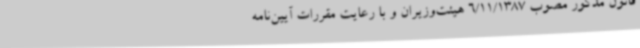
قانون مذکور مصوب 6/11/1387 هیئت‌وزیران و با رعایت مقررات آیین‌نامه